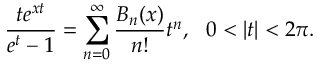
\frac { t e ^ { x t } } { e ^ { t } - 1 } = \sum _ { n = 0 } ^ { \infty } \frac { B _ { n } ( x ) } { n ! } t ^ { n } , \, \, \, \, 0 < | t | < 2 \pi .